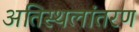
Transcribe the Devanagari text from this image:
अतिस्थलांतरण